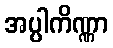
အပ္ပါကိဏ္ဏာ